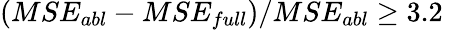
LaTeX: (MSE_{abl}-MSE_{full})/MSE_{abl}\geq 3.2\